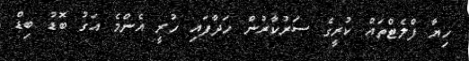
ހިޔާ ފްލެޓްތައް ކުރީގެ ސަރުކާރުން ހަދާފައި ހުރީ އެންމެ އަގު ބޮޑު ބިޑް